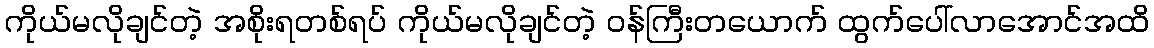
ကိုယ်မလိုချင်တဲ့ အစိုးရတစ်ရပ် ကိုယ်မလိုချင်တဲ့ ဝန်ကြီးတယောက် ထွက်ပေါ်လာအောင်အထိ